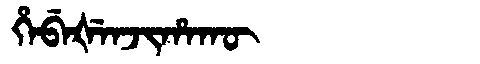
Manchu: ᡥᡝᠪᡝᡧᡝᠨᠵᡳᡥᠠᡴᡡ
Romanization: HEBEŠENJIHAKŪ